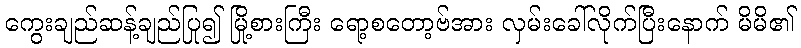
ကွေးချည်ဆန့်ချည်ပြု၍ မြို့စားကြီး ရော့စတော့ဗ်အား လှမ်းခေါ်လိုက်ပြီးနောက် မိမိ၏